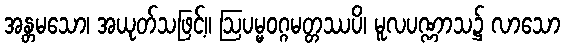
အန္တမသော၊ အယုတ်သဖြင့်။ ဩပမ္မဝဂ္ဂမတ္တဿပိ၊ မူလပဏ္ဏာသ၌ လာသော